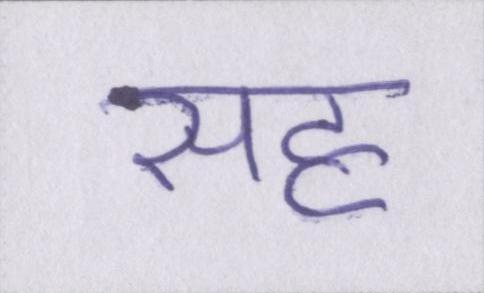
सह